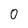
Character: 0